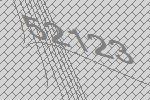
52123